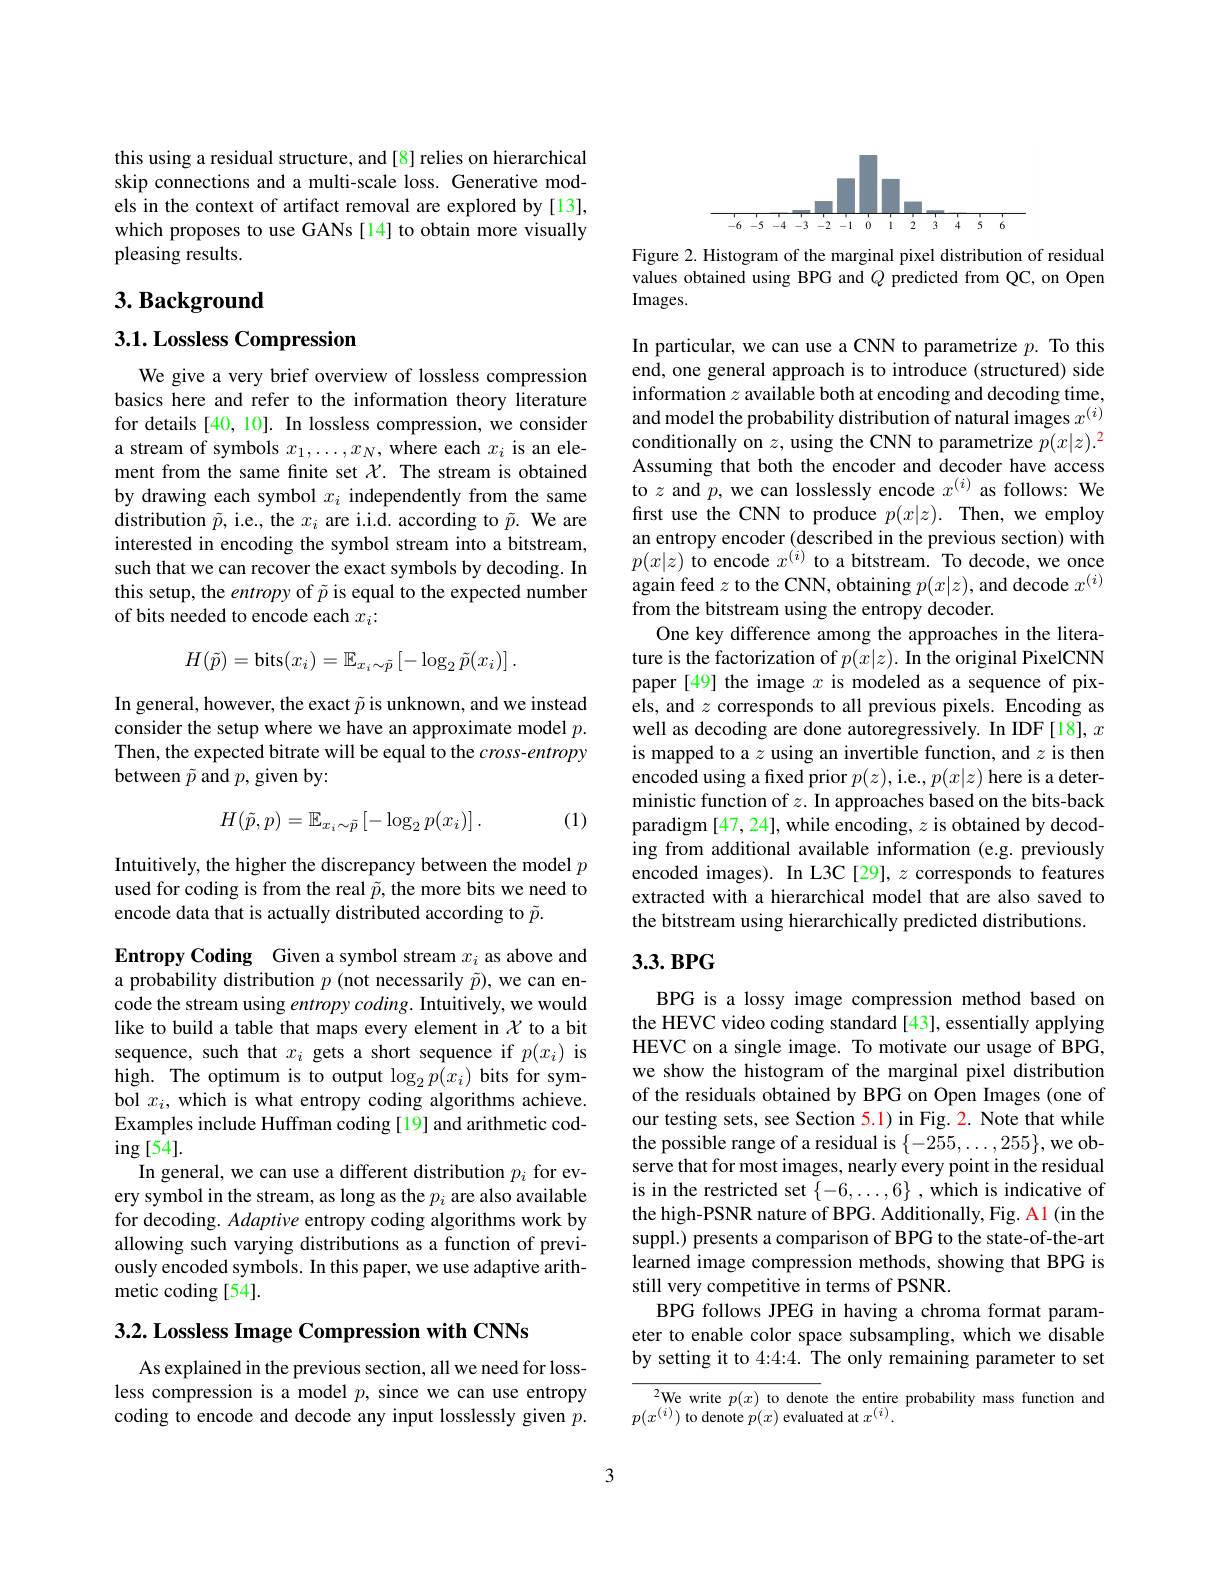
this using a residual structure, and [8] relies on hierarchical skip connections and a multi-scale loss. Generative models in the context of artifact removal are explored by [13], which proposes to use GANs[14] to obtain more visually pleasing results.

# $3. \textbf{ Background}$

$3. 1. \textbf{Lossless Compression}$

We give a very brief overview of lossless compression basics here and refer to the information theory literature for details [40, 10]. In lossless compression, we consider a stream of symbols $x_1,\ldots,x_N$, where each $x_i$ is an element from the same fnite set $\mathcal{X}.$ The stream is obtained by drawing each symbol $x_i$ independently from the same distribution $\tilde{p}$, i.e., the $x_i$ are i.i.d. according to $\tilde{p}.$ We are interested in encoding the symbol stream into a bitstream, such that we can recover the exact symbols by decoding. In this setup, the entropy of $\tilde{p}$ is equal to the expected number of bits needed to encode each $x_i:$
$$H(\tilde{p})=\mathrm{bits}(x_i)=\mathbb{E}_{x_i\sim\tilde{p}}\left[-\log_2\tilde{p}(x_i)\right].$$
In general, however, the exact $\tilde{p}$ is unknown, and we instead consider the setup where we have an approximate model $p.$ Then, the expected bitrate will be equal to the $cross-entropy$ between $\tilde{p}$ and $p$, given by:

(1)
$$H(\tilde{p},p)=\mathbb{E}_{x_i\sim\tilde{p}}\left[-\log_2p(x_i)\right].$$
Intuitively, the higher the discrepancy between the model $p$ used for coding is from the real $\tilde{p}$, the more bits we need to encode data that is actually distributed according to $\tilde{p}.$

Entropy Coding Given a symbol stream $x_i$ as above and a probability distribution $p$ (not necessarily $\tilde{p})$, we can encode the stream using entropy coding. Intuitively, we would like to build a table that maps every element in $\chi$ to a bit sequence, such that $x_i$ gets a short sequence if $p(x_i)$ is high. The optimum is to output $\log_2p(x_i)$ bits for symbol $x_i$, which is what entropy coding algorithms achieve. Examples include Huffman coding [19] and arithmetic cod- $\operatorname{ing}[54].$
In general, we can use a different distribution $p_i$ for every symbol in the stream, as long as the $p_i$ are also available for decoding. Adaptive entropy coding algorithms work by allowing such varying distributions as a function of previously encoded symbols. In this paper, we use adaptive arithmetic coding [54].

$3. 2. \textbf{ Lossless Image Compression with CNNs}$

As explained in the previous section, all we need for lossless compression is a model $p$, since we can use entropy coding to encode and decode any input losslessly given $p.$

<FigureHere>

Figure 2. Histogram of the marginal pixel distribution of residual values obtained using BPG and $Q$ predicted from QC, on Open Images.

In particular, we can use a CNN to parametrize $p.$ To this end, one general approach is to introduce (structured) side information $z$ available both at encoding and decoding time, and model the probability distribution of natural images $x^{(i)}$ conditionally on $z$,using the CNN to parametrize $p(x|z).^2$ Assuming that both the encoder and decoder have access to $z$ and $p$, we can losslessly encode $x^(i)$ as follows: We first use the CNN to produce $p(x|z).$ Then, we employ an entropy encoder (described in the previous section) with $p(x|z)$ to encode $x^(i)$ to a bitstream. To decode, we once again feed $z$ to the CNN, obtaining $p(x|z)$, and decode $x^(i)$ from the bitstream using the entropy decoder.
One key difference among the approaches in the literature is the factorization of $p(x|z).$ In the original PixelCNN paper[49] the image $x$ is modeled as a sequence of pixels, and $z$ corresponds to all previous pixels. Encoding as well as decoding are done autoregressively. In IDF[18], $x$ is mapped to a $z$ using an invertible function, and $z$ is then encoded using a fixed prior $p(z)$,i.e., $p(x|z)$ here is a deterministic function of $z.$ In approaches based on the bits-back paradigm [47, 24], while encoding, $z$ is obtained by decoding from additional available information (e.g. previously encoded images). In L3C [29], $z$ corresponds to features extracted with a hierarchical model that are also saved to the bitstream using hierarchically predicted distributions.

## $3.3.BPG$

BPG is a lossy image compression method based on the HEVC video coding standard [43], essentially applying HEVC on a single image. To motivate our usage of BPG, we show the histogram of the marginal pixel distribution of the residuals obtained by BPG on Open Images (one of our testing sets, see Section 5.1) in Fig. 2. Note that while the possible range of a residual is $\{-255,\ldots,255\}$,we observe that for most images, nearly every point in the residual is in the restricted set $\{-6,\ldots,6\}$ ,which is indicative of the high-PSNR nature of BPG. Additionally, Fig. A1 (in the suppl.) presents a comparison of BPG to the state-of-the-art learned image compression methods, showing that BPG is still very competitive in terms of PSNR.
BPG follows JPEG in having a chroma format parameter to enable color space subsampling, which we disable by setting it to 4:4:4. The only remaining parameter to set

${\frac{^2\text{We write }p(x)\text{ to denot}}{\text{the entire probability mass function and}}}$
$p(x^{(i)})$ to denote $p(x)$ evaluated at $x^(i).$

3